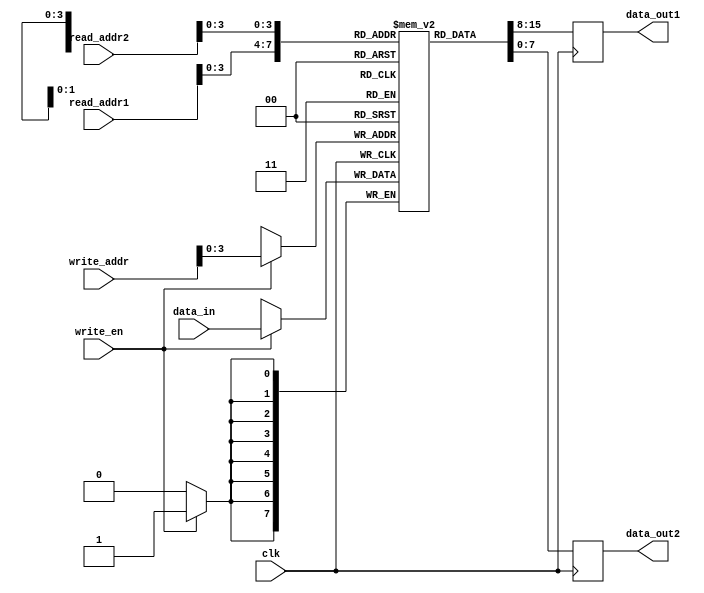
module dual_port_ram
#(
parameter N = 16, // Number of words
parameter M = 8 // Number of bits per word
)
(
input wire clk, // Clock signal
input wire [N-1:0] read_addr1, // Read address for port 1
input wire [N-1:0] read_addr2, // Read address for port 2
output reg [M-1:0] data_out1, // Data output for port 1
output reg [M-1:0] data_out2, // Data output for port 2
input wire [N-1:0] write_addr, // Write address
input wire [M-1:0] data_in, // Data input
input wire write_en // Write enable signal
);

reg [M-1:0] mem [N-1:0]; // Memory array

always @(posedge clk) begin
if(write_en) begin
mem[write_addr] <= data_in;
end

data_out1 <= mem[read_addr1];
data_out2 <= mem[read_addr2];

end

endmodule